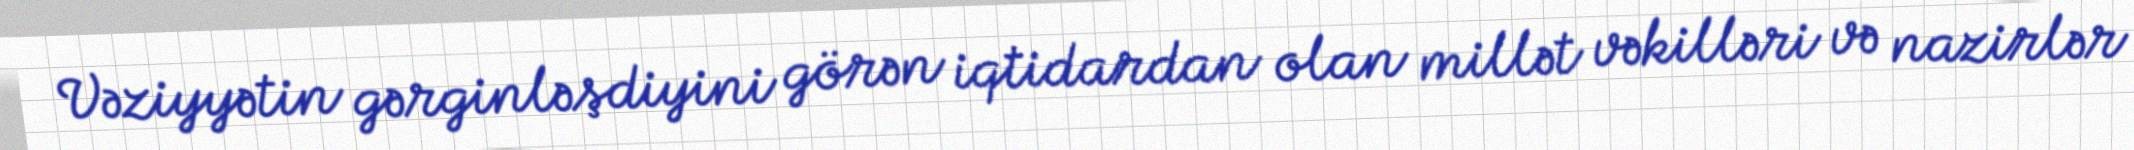
Vəziyyətin gərginləşdiyini görən iqtidardan olan millət vəkilləri və nazirlər